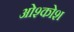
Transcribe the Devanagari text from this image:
ओश्कोश